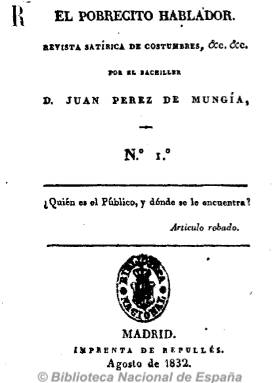
Título: El Pobrecito hablador
Otros títulos: Tít.: Muerte del Pobrecito hablador, n. 14 (marzo 1833)
Colección: Revistas satíricas y humorísticas
Ámbito geográfico: Madrid
Lugar de publicación: Madrid
Fechas: 01/08/1832-31/03/1833

Segundo periódico fundado y redactado íntegramente por uno de los más relevantes representantes del romanticismo y el costumbrismo español, Mariano José de Larra (1809-1837), a la edad de 23 años. Con este título y bajo el seudónimo del bachiller Juan Pérez de Munguía publicará hasta un total de catorce números, de entre 14 y 32 páginas, desde agosto de 1832 a marzo de 1833, es decir desde unos meses antes de que la reina Maria Cristina comenzara a ejercer como Regente y le entregara el poder al moderado Francisco Cea Bermúdez, en sustitución del ultrarrealista Francisco Tadeo Calomarde.

Subtitulado como “revista satírica de costumbres”, en el aparecen artículos que consagran al joven periodista y escritor, como “Castellano viejo”, “Vuelva usted mañana”, “El casarse pronto y mal” o “Empeños”, escritos con un estilo satírico más directo del que empleó en su primer periódico, El duende satírico del día (1828), donde el costumbrismo se transforma en un crítica social sarcástica y acerada, e introduce ya la intencionalidad política.

Su última entrega aparece con el título Muerte del Pobrecito hablador, escríbela para el público Andrés Niporesas, su corresponsal, otro de los seudónimos utilizados por el escritor que hizo famoso el de Fígaro, de claras connotaciones francesas. La colección completa fue estampada en la imprenta madrileña de Repullés.